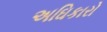
અઘિકારો